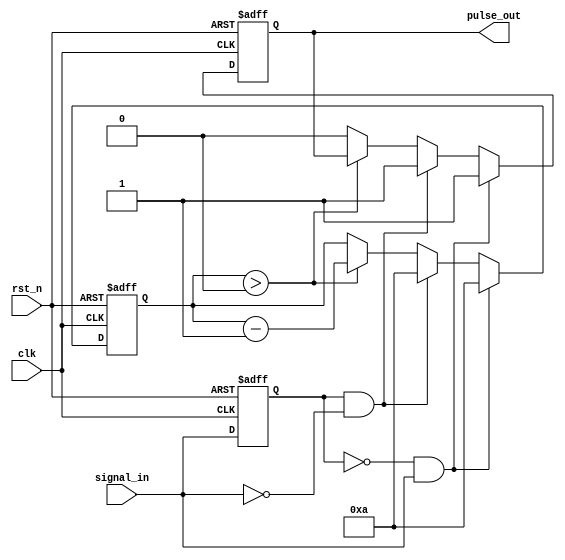
module MonostableEdgeDetector (
    input wire clk,              // Clock input
    input wire rst_n,            // Active-low reset
    input wire signal_in,        // Input signal to detect edges
    output reg pulse_out         // Output pulse signal
);

    // Parameters
    parameter PULSE_WIDTH = 10;  // Pulse width in clock cycles

    // State variables
    reg signal_prev;              // Previous state of the input signal
    reg [3:0] pulse_counter;      // Counter for generating pulse width

    // Sequential Logic: Edge Detection
    always @(posedge clk or negedge rst_n) begin
        if (!rst_n) begin
            signal_prev <= 1'b0;    // Initialize to low on reset
            pulse_counter <= 4'b0;   // Reset pulse counter
            pulse_out <= 1'b0;       // Ensure output is low on reset
        end else begin
            // Store the previous state of the input signal
            signal_prev <= signal_in;

            // Rising edge detection
            if (signal_prev == 1'b0 && signal_in == 1'b1) begin
                pulse_out <= 1'b1;    // Generate pulse on rising edge
                pulse_counter <= PULSE_WIDTH; // Initialize pulse width counter
            end else if (signal_prev == 1'b1 && signal_in == 1'b0) begin
                pulse_out <= 1'b1;    // Generate pulse on falling edge
                pulse_counter <= PULSE_WIDTH; // Initialize pulse width counter
            end else if (pulse_counter > 0) begin
                pulse_counter <= pulse_counter - 1; // Decrement the pulse counter
            end else begin
                pulse_out <= 1'b0;    // Reset pulse output when counter reaches zero
            end
        end
    end

endmodule